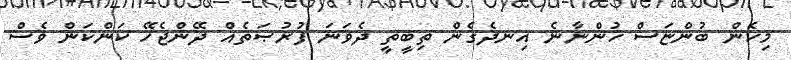
މިހެން ބުންޏަސް ހުންނާނެ އިނދެގެން ތިބީތީ ދެވަނަ ފުރުޞަތެއް ދޭންޖެހޭ ކަންކަން ވެސް